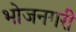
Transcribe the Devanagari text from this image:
भोजनगरी